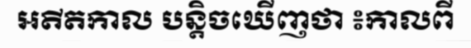
អតីតកាល បន្តិចឃើញថា ៖កាលពី